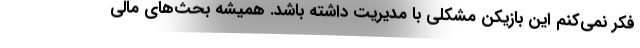
فکر نمی‌کنم این بازیکن مشکلی با مدیریت داشته باشد. همیشه بحث‌های مالی